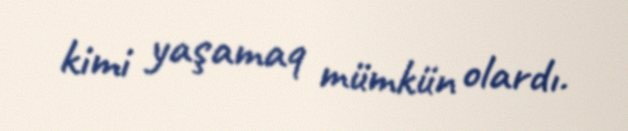
kimi yaşamaq mümkün olardı.